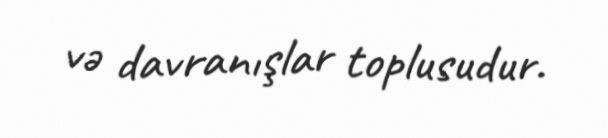
və davranışlar toplusudur.